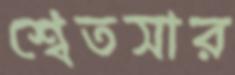
শ্বেতসার